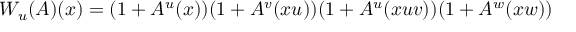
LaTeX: W _ { u } ( A ) ( x ) = ( 1 + A ^ { u } ( x ) ) ( 1 + A ^ { v } ( x u ) ) ( 1 + A ^ { u } ( x u v ) ) ( 1 + A ^ { w } ( x w ) )